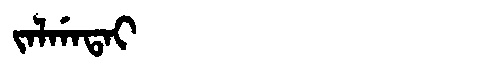
Manchu: ᠵᠠᠯᡤᠠᡨᠠᡳ
Romanization: JALGATAI